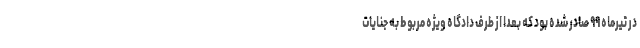
در تیرماه ۹۹ صادر شده بود که بعدا از طرف دادگاه ویژه مربوط به جنایات